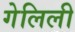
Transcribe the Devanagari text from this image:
गेलिली